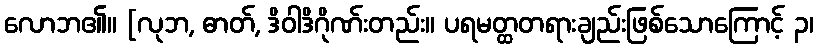
လောဘ၏။ [လုဘ, ဓာတ်, ဒိဝါဒိဂိုဏ်းတည်း။ ပရမတ္ထတရားချည်းဖြစ်သောကြောင့် ၃၊